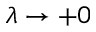
\lambda \to + 0